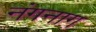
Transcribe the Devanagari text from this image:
नंगनाग